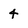
Character: 4